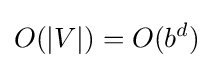
O(|V|)=O(b^{d})